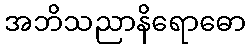
အဘိသညာနိရောဓော